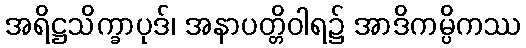
အရိဋ္ဌသိက္ခာပုဒ်၊ အနာပတ္တိဝါရ၌ အာဒိကမ္ပိကဿ